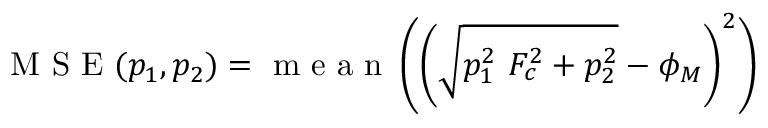
\mathrm { ~ M ~ S ~ E ~ } ( p _ { 1 } , p _ { 2 } ) = \textrm { m e a n } \left( \left( \sqrt { p _ { 1 } ^ { 2 } ~ F _ { c } ^ { 2 } + p _ { 2 } ^ { 2 } } - \phi _ { M } \right) ^ { 2 } \right)